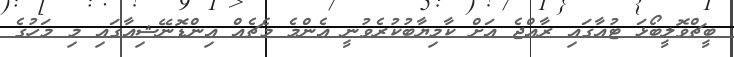
ބީޗްވޮލީބޯޅަ ޓުއާގައި ރާއްޖެ އަށް ކާމިޔާބުކުރެވުނީ އެންމެ މެޗެއް އިންޑޮނޭޝިއާގައި މި މަހުގެ